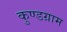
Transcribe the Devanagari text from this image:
कुण्डग्राम